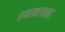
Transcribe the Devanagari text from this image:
रमानायका